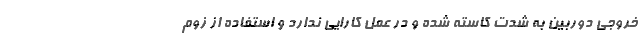
خروجی دوربین به شدت کاسته شده و در عمل کارایی ندارد و استفاده از زوم